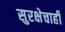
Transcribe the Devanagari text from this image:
सुरक्षेचाही